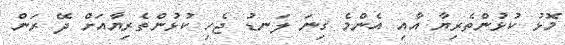
މޮޅު ކުޅުންތެރިޔާ އާއި އެންމެ ގިނަ ލަނޑު ޖެހި ކުޅުންތެރިޔާއަށް ދޭ ރަން